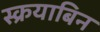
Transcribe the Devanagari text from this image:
स्क्रयाबिन